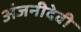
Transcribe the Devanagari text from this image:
अंजनीदेवी